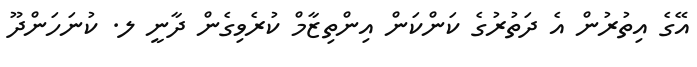
އޭގެ އިތުރުން އެ ދަތުރުގެ ކަންކަން އިންތިޒާމް ކުރެވިގެން ދާނީ ލ. ކުނަހަންދޫ